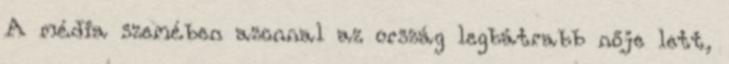
A média szemében azonnal az ország legbátrabb nője lett,